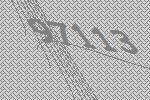
97113